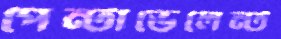
পেন্টাভেলেন্ট